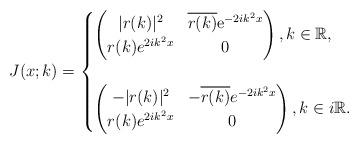
LaTeX: \begin{align*}J(x;k)=\begin{cases}\begin{pmatrix}|r(k)|^2 & \overline{r(k)} \mathrm{e}^{-2ik^2 x}\\r(k) e^{2ik^2 x} & 0\end{pmatrix},k \in \mathbb{R},\\ \\\begin{pmatrix}-|r(k)|^2 & -\overline{r(k)} e^{-2ik^2x} \\r(k) e^{2ik^2x} & 0\end{pmatrix}, k \in i\mathbb{R}. \end{cases}\end{align*}